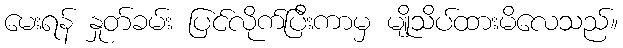
မေးရန် နှုတ်ခမ်း ပြင်လိုက်ပြီးကာမှ မျိုသိပ်ထားမိလေသည်။